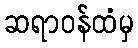
ဆရာဝန်ထံမှ